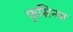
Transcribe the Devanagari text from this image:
फुसिनस